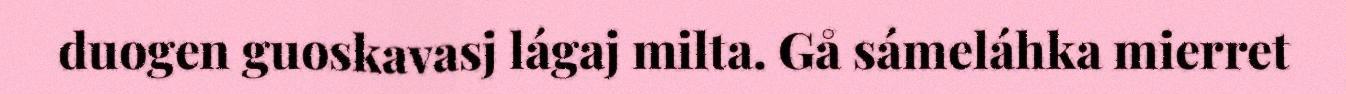
duogen guoskavasj lágaj milta. Gå sámeláhka mierret